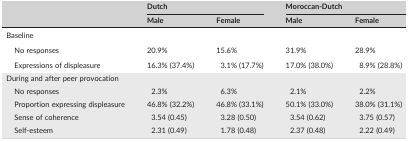
|  | <COLSPAN=2> Dutch | <COLSPAN=2> Moroccan‐Dutch |
 |  | Male | Female | Male | Female |
 | --- | --- | --- | --- | --- |
 | Baseline |  |  |  |  |
 | No responses | 20.9% | 15.6% | 31.9% | 28.9% |
 | Expressions of displeasure | 16.3% (37.4%) | 3.1% (17.7%) | 17.0% (38.0%) | 8.9% (28.8%) |
 | <COLSPAN=5> During and after peer provocation |
 | No responses | 2.3% | 6.3% | 2.1% | 2.2% |
 | Proportion expressing displeasure | 46.8% (32.2%) | 46.8% (33.1%) | 50.1% (33.0%) | 38.0% (31.1%) |
 | Sense of coherence | 3.54 (0.45) | 3.28 (0.50) | 3.54 (0.62) | 3.75 (0.57) |
 | Self‐esteem | 2.31 (0.49) | 1.78 (0.48) | 2.37 (0.48) | 2.22 (0.49) |